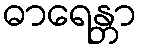
ဓာရေန္တာ